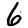
Digit: 6